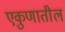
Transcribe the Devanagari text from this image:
एकुणातील